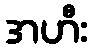
အဟီး